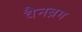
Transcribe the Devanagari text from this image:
वैनब्रग